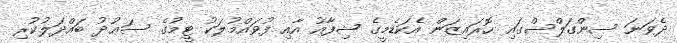
ދެވަނަ ސިންގަލްސްގައި ހޮރައިޒަން އެކަޑެމީގެ ޝިފާއު އާއި ފުވައްމުލަކު ޓީމުގެ ސަޢުދު ބައްދަލުކުރި